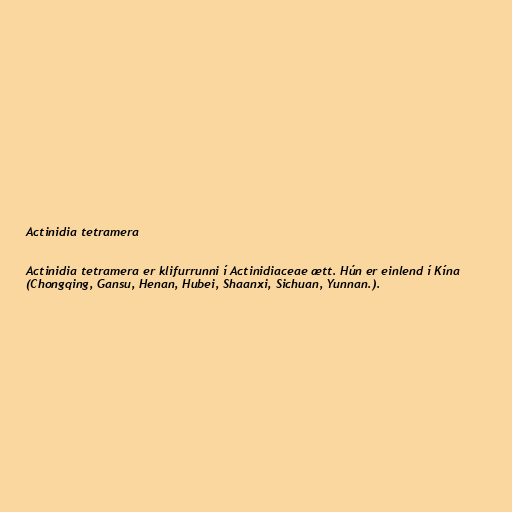
Actinidia tetramera

Actinidia tetramera er klifurrunni í Actinidiaceae ætt. Hún er einlend í Kína
(Chongqing, Gansu, Henan, Hubei, Shaanxi, Sichuan, Yunnan.).